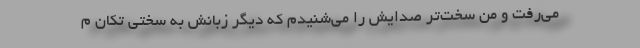
می‌رفت و من سخت‌تر صدایش را می‌شنیدم که دیگر زبانش به سختی تکان م